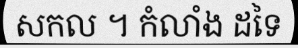
សកល ។ កំលាំង ដទៃ